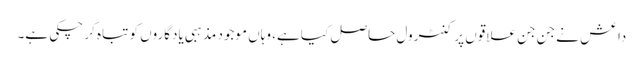
داعش نے جن جن علاقوں پر کنٹرول حاصل کیا ہے، وہاں موجود مذہبی یادگاروں کو تباہ کر چکی ہے۔